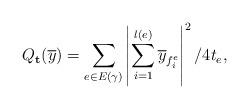
LaTeX: \begin{align*} Q_{\mathbf{t}}(\overline y) = \sum_{e \in E(\gamma)}\left| \sum_{i = 1}^{l(e)}\overline y_{f^e_i}\right|^2/4t_e,\end{align*}